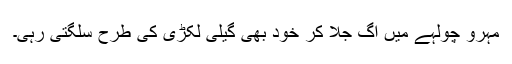
مہرو چولہے میں آگ جلا کر خود بھی گیلی لکڑی کی طرح سلگتی رہی۔